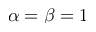
\alpha = \beta = 1